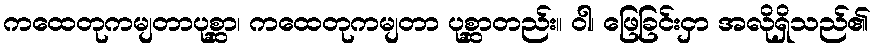
ကထေတုကမျတာပုစ္ဆာ၊ ကထေတုကမျတာ ပုစ္ဆာတည်း။ ဝါ၊ ဖြေခြင်းငှာ အလိုရှိသည်၏